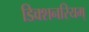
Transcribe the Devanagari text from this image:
डिक्शनरियम्